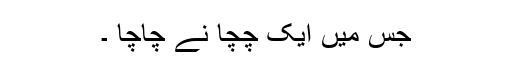
جس میں ایک چچا نے چاچا ۔